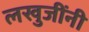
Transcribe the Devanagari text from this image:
लखुजींनी